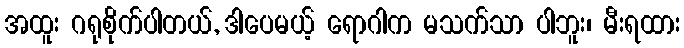
အထူး ဂရုစိုက်ပါတယ်, ဒါပေမယ့် ရောဂါက မသက်သာ ပါဘူး၊ မီးရထား